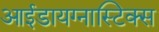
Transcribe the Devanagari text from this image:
आईडायग्नास्टिक्स